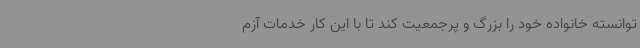
توانسته خانواده خود را بزرگ و پرجمعیت کند تا با این کار خدمات آزم